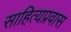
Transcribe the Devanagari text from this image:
साहित्यप्रवास